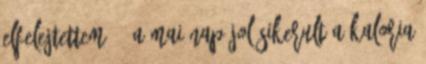
Elfelejtettem. ☺ a mai nap jol sikerult a kaloria